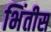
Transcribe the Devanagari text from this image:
भिंतीस